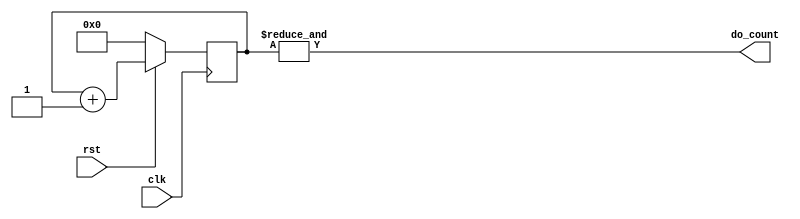
`timescale 1ns / 1ps

module divider(
	input wire clk,
	input wire rst,
	output wire do_count
);
	reg [24:0] counter;

	always @(posedge clk) begin
		if (~rst) begin
			counter <= 25'b0;
		end else begin
			counter <= counter + 25'b1;
		end
	end

`ifdef XILINX_ISIM
	assign do_count = &counter[3:0];
`else
	assign do_count = &counter;
`endif
endmodule